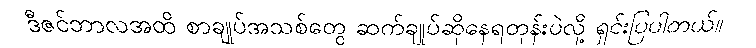
ဒီဇင်ဘာလအထိ စာချုပ်အသစ်တွေ ဆက်ချုပ်ဆိုနေရတုန်းပဲလို့ ရှင်းပြပါတယ်။